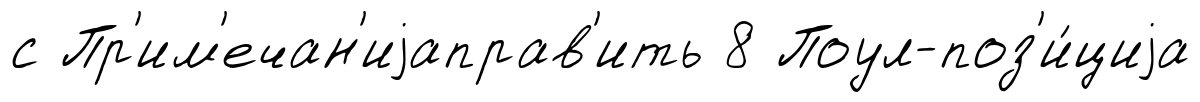
с Пр'им'ечан'иjаправ'ить 8 Поул-поз'и́циjа